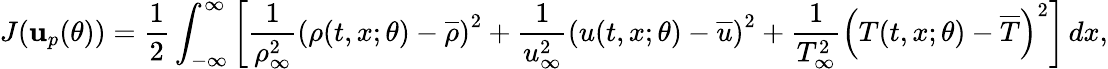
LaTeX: J(\mathbf{u}_{p}(\theta))=\frac{1}{2}\int_{-\infty}^{\infty}\left[\frac{1}{\rho_{\infty}^{2}}\left(\rho(t,x;\theta)-\overline{{\rho}}\right)^{2}+\frac{1}{u_{\infty}^{2}}\left(u(t,x;\theta)-\overline{{u}}\right)^{2}+\frac{1}{T_{\infty}^{2}}\left(T(t,x;\theta)-\overline{{T}}\right)^{2}\right]\, dx,